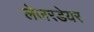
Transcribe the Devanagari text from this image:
लेजरडेयर